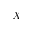
X